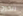
تتخرج